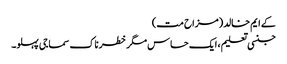
کے ایم خالد(مزاح مت)
جنسی تعلیم ، ایک حساس مگر خطرناک سماجی پہلو۔